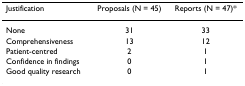
| Justification | Proposals (N = 45) | Reports (N = 47)* |
 | --- | --- | --- |
 | None | 31 | 33 |
 | Comprehensiveness | 13 | 12 |
 | Patient-centred | 2 | 1 |
 | Confidence in findings | 0 | 1 |
 | Good quality research | 0 | 1 |